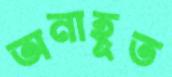
অনাহূত